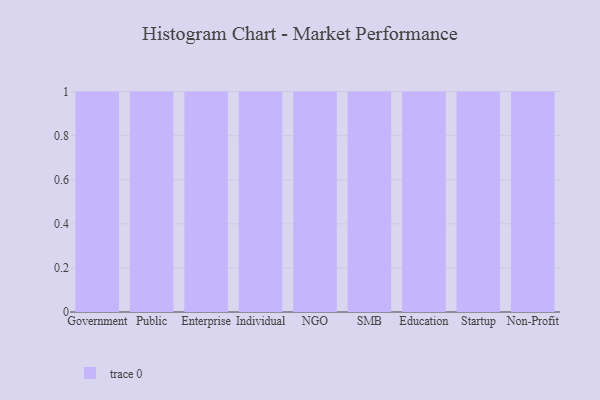
{"axis": {"x": "Segment", "y": "Market Share (%)"}, "legend": [""], "data": [{"x": "Government", "y": 66, "type": ""}, {"x": "Public", "y": 99, "type": ""}, {"x": "Enterprise", "y": 71, "type": ""}, {"x": "Individual", "y": 80, "type": ""}, {"x": "NGO", "y": 58, "type": ""}, {"x": "SMB", "y": 9, "type": ""}, {"x": "Education", "y": 29, "type": ""}, {"x": "Startup", "y": 12, "type": ""}, {"x": "Non-Profit", "y": 45, "type": ""}]}